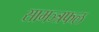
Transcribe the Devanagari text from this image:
सामञ्त्रफल